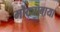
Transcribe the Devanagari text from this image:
मोठ्याबाया